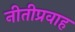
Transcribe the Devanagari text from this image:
नीतीप्रवाह